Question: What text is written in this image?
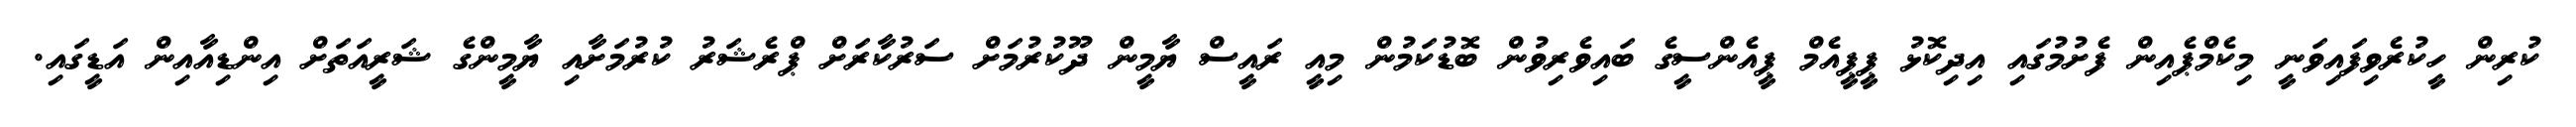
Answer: ކުރިން ހީކުރެވިފައިވަނީ މިކެމްޕެއިން ފެށުމުގައި އިދިކޮޅު ޕީޕީއެމް ޕީއެންސީގެ ބައިވެރިވުން ބޮޑުކަމުން މިއީ ރައީސް ޔާމީން ދޫކުރުމަށް ސަރުކާރަށް ޕްރެޝަރު ކުރުމަށާއި ޔާމީންގެ ޝަރީއަތަށް އިންޑިއާއިން އަޑީގައި.